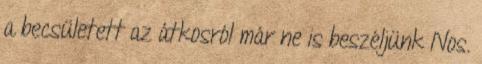
a becsületett az átkosról már ne is beszéljünk Nos.